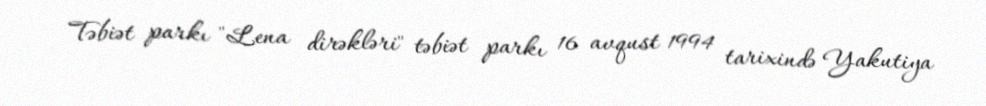
Təbiət parkı "Lena dirəkləri" təbiət parkı 16 avqust 1994 tarixində Yakutiya